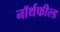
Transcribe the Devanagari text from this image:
नॉर्थफील्ड